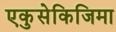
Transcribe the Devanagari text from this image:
एकुसेकिजिमा